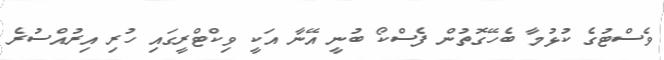
ވެސްޓުގެ ކުޅުމާ ބެހޭގޮތުން ފެސްކޯ ބުނީ އޭނާ އަކީ ވިކްޓްރީގައި ހުރި އިރުއްސުރެ